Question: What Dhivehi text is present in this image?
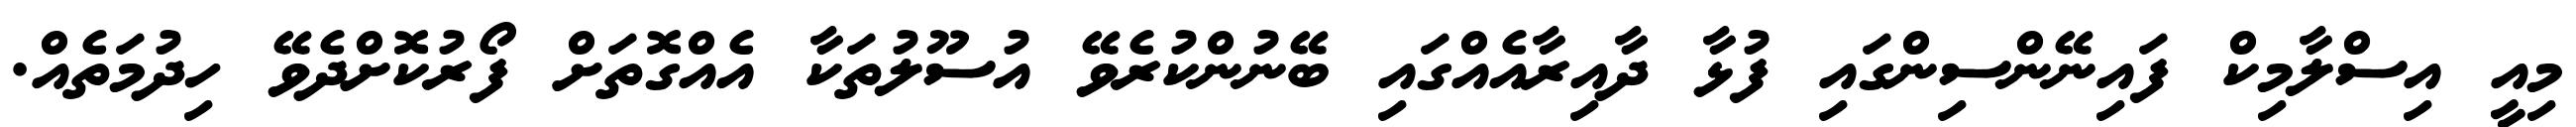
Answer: މިއީ އިސްލާމިކް ފައިނޭންސިންގައި ފުޅާ ދާއިރާއެއްގައި ބޭނުންކުރެވޭ އުސޫލުތަކާ އެއްގޮތަށް ފޯރުކޮށްދެވޭ ހިދުމަތެއް.